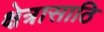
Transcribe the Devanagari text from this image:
क्षेत्रासाठि